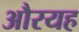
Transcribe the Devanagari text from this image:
औरयह